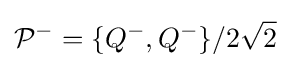
{\mathcal {P}}^{-}=\{Q^{-},Q^{-}\}/2{\sqrt {2}}